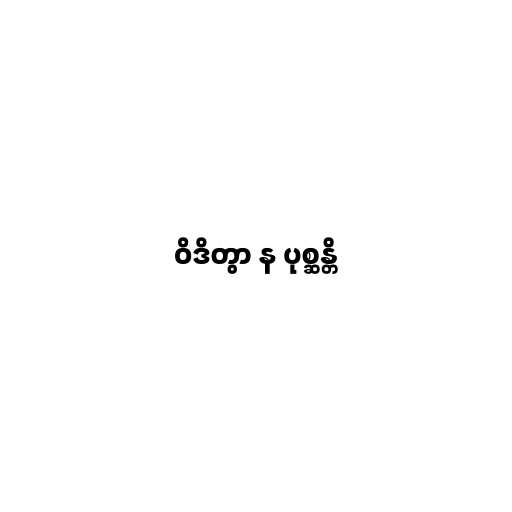
ဝိဒိတွာ န ပုစ္ဆန္တိ